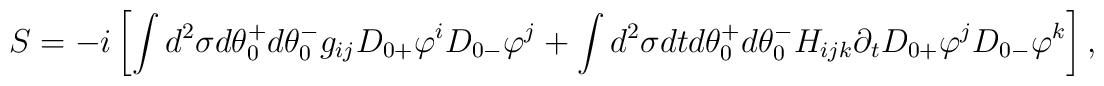
S= -i \left[ \int d^2 \sigma d\theta_0^+ d\theta_0^- g_{ij} D_{0+}\varphi^i D_{0-}\varphi^j + \int d^2 \sigma dt d\theta_0^+ d\theta_0^-H_{ijk} \partial_t  D_{0+}\varphi^j D_{0-}\varphi^k \right] ,